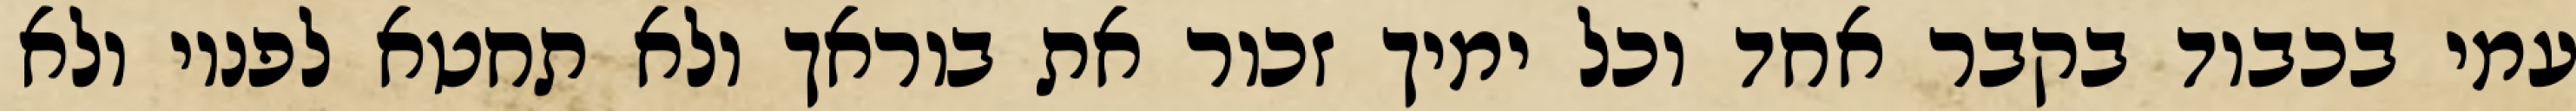
עמי בכבוד בקבר אחד וכל ימיך זכור את בוראך ולא תחטא לפניו ולא